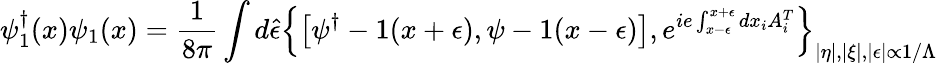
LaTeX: \psi_{1}^{\dagger}(x)\psi_{1}(x)=\frac{1}{8\pi}\int d\hat{\epsilon}\left\{ \left[\psi^{\dagger}-1(x+\epsilon),\psi-1(x-\epsilon)\right],e^{ie\int_{x-\epsilon}^{x+\epsilon}dx_{i}A_{i}^{T}}\right\} _{|\eta|,|\xi|,|\epsilon|\propto 1/\Lambda}